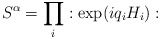
\begin{align*}S^{\alpha }=\prod _{i}:\exp (iq_{i}H_{i}):\end{align*}